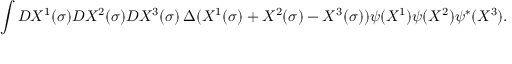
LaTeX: \int { \cal D } X ^ { 1 } ( \sigma ) { \cal D } X ^ { 2 } ( \sigma ) { \cal D } X ^ { 3 } ( \sigma ) \, \Delta ( X ^ { 1 } ( \sigma ) + X ^ { 2 } ( \sigma ) - X ^ { 3 } ( \sigma ) ) \psi ( X ^ { 1 } ) \psi ( X ^ { 2 } ) \psi ^ { * } ( X ^ { 3 } ) .